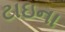
ટાઇના